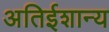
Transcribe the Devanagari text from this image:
अतिईशान्य